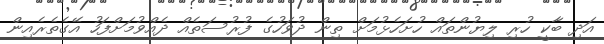
އަދި ބާކީ ހުރި ލިޔުންތައް ހުށަހެޅުމަށް ތިން ދުވަހުގެ ފުރުސަތެއް ދެއްވުމަށްފަހު އޭގެތެރެއިން